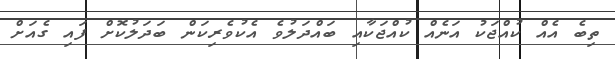
ތިބެ އެއް ކުއްޖަކު އަނެއް ކުއްޖަކާއި ބައްދަލުވެ އެކުވެރިކަން ބަަދަލުކޮށް ފައި ގެއަށް